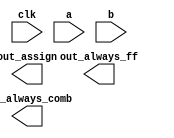
// Build an XOR gate three ways, using an assign statement, a combinational always block, and a clocked always block.

// synthesis verilog_input_version verilog_2001
module top_module(
    input clk,
    input a,
    input b,
    output wire out_assign,
    output reg out_always_comb,
    output reg out_always_ff   );

    // Insert your code here

endmodule